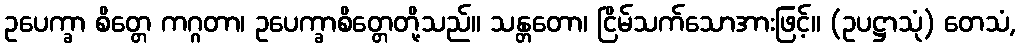
ဥပေက္ခာ စိတ္တေ ကဂ္ဂတာ၊ ဥပေက္ခာစိတ္တေတို့သည်။ သန္တတော၊ ငြိမ်သက်သောအားဖြင့်။ (ဥပဋ္ဌာသုံ) တေသံ,